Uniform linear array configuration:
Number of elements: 12
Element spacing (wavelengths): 1
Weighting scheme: blackman
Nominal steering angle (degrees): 60
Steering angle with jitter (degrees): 59.294
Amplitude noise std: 0.05
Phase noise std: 0.05

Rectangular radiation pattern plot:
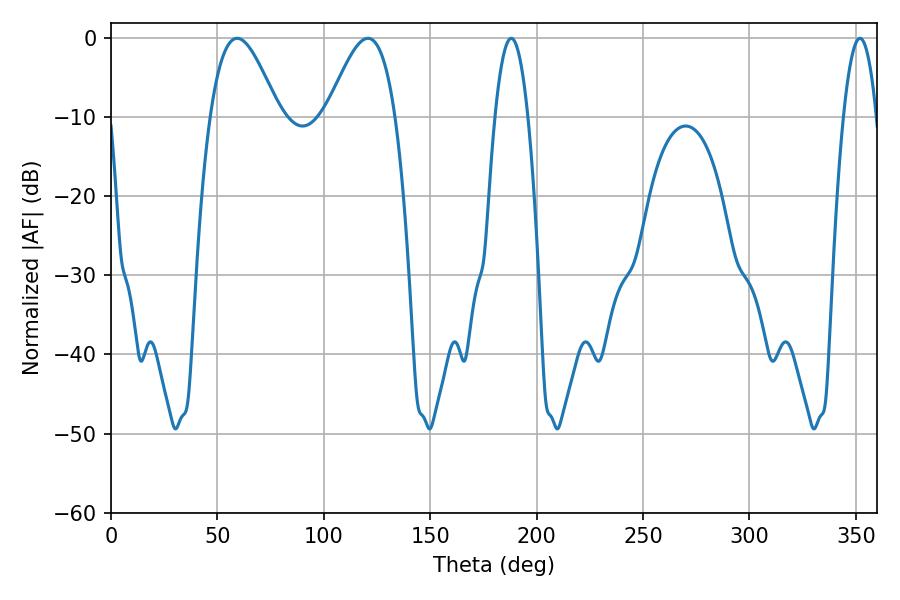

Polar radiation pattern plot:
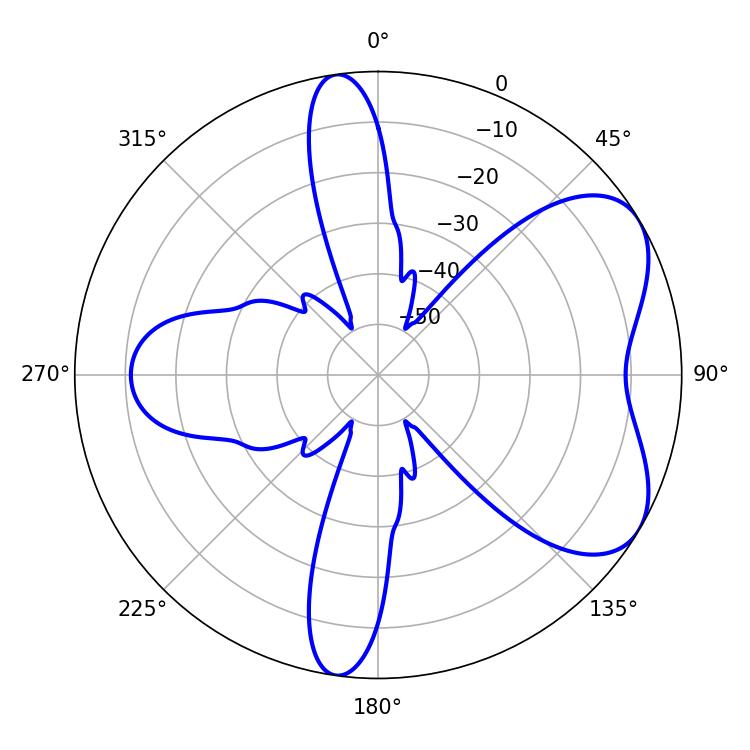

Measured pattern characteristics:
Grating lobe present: TRUE
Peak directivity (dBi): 5.806
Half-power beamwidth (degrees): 17.28
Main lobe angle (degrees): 59.22